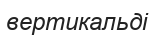
вертикальді